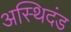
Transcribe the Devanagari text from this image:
अस्थिदंड